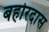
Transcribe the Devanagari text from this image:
बहोरदास